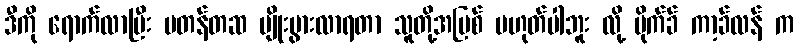
ဒီကို ရောက်လာပြီး မတန်တဆ မျိုးပွားလာရတာ သူတို့အပြစ် မဟုတ်ပါဘူး လို့ မိုက်ခ် ကာ့ခ်လန် က